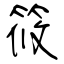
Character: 筱